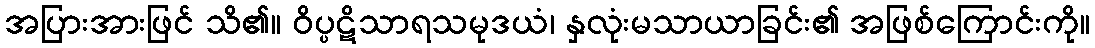
အပြားအားဖြင် သိ၏။ ဝိပ္ပဋိသာရသမုဒယံ၊ နှလုံးမသာယာခြင်း၏ အဖြစ်ကြောင်းကို။